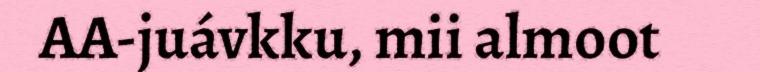
AA-juávkku, mii almoot